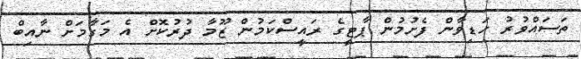
ތަސައްވުރު ހަޑިވާން ފެށުމުން ޕާޓީގެ ރައީސްކަމުން ޒޫމާ ދުރުކޮށް އެ މަގާމަށް ނާއިބް